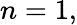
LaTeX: n=1,